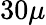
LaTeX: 30\mu